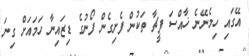
އޭގައި ހިމެނޭނެ ޚާއްސަ ފީޗާ ތަކުން ފެށިގެން ފޯނުގެ ޑިޒައިނާ ހަަމައަށް ގިނަ